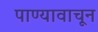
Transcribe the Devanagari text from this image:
पाण्यावाचून